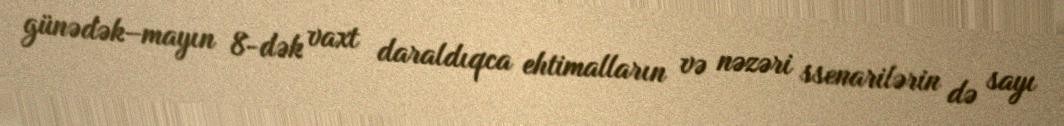
günədək–mayın 8-dək vaxt daraldıqca ehtimalların və nəzəri ssenarilərin də sayı